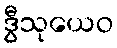
ဒွီသုယေဝ